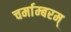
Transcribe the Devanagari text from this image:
चर्माम्बरम्